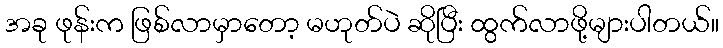
အခု ဖုန်းက ဖြစ်လာမှာတော့ မဟုတ်ပဲ ဆိုပြီး ထွက်လာဖို့များပါတယ်။